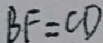
B F = C D